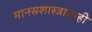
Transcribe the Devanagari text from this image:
मानसशास्त्राचाही